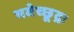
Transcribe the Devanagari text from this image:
भवेच्छूद्रः